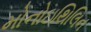
મોનોઇથિલિન